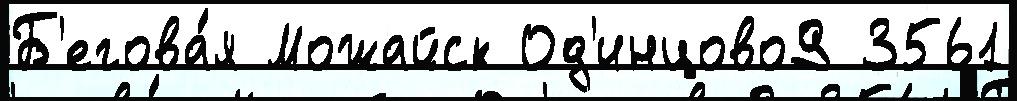
Б'егова́я Можайск Од'инцово9 3561